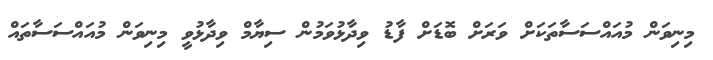
މިނިވަން މުއައްސަސާތަކަށް ވަރަށް ބޮޑަށް ފާޑު ވިދާޅުވަމުން ސިޔާމް ވިދާޅުވީ މިނިވަން މުއައްސަސާތައް